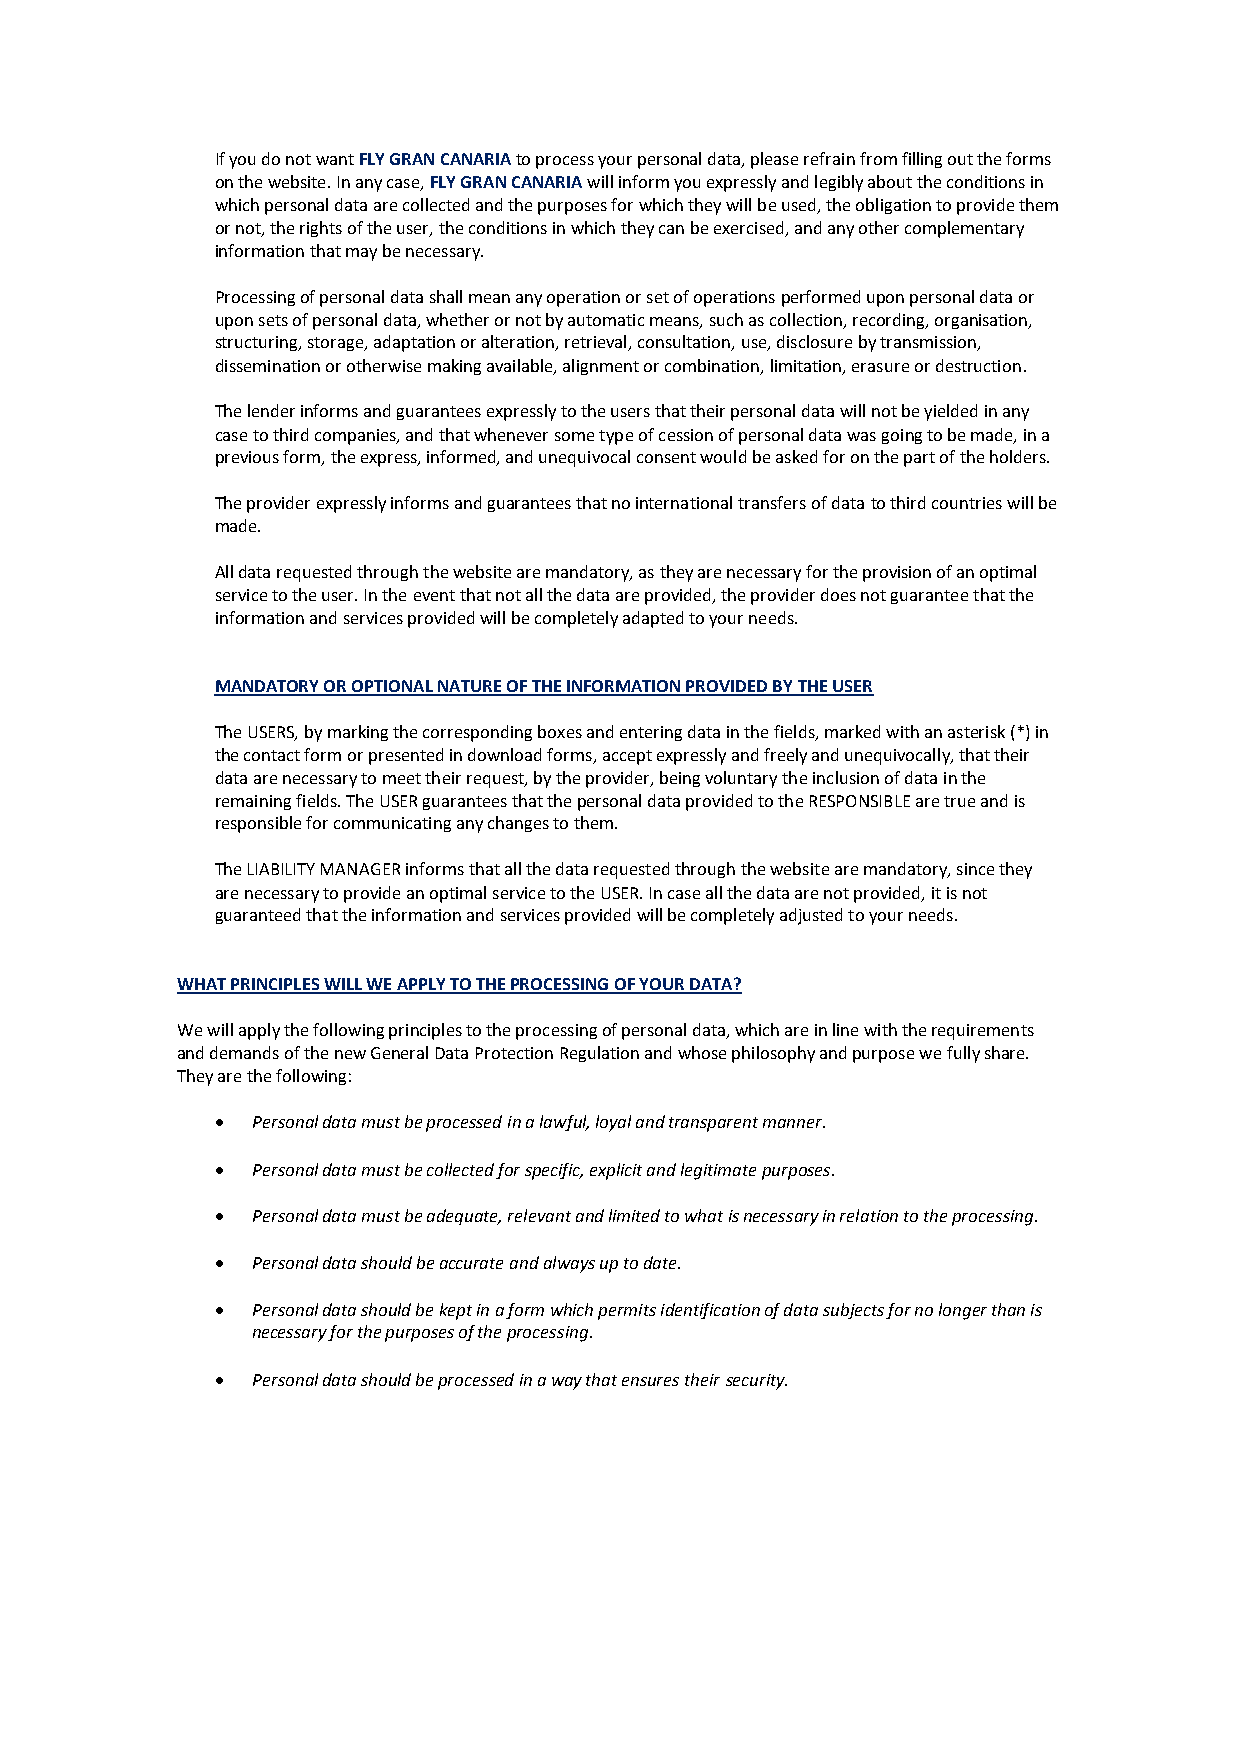
If you do not want FLY GRAN CANARIA to process your personal data, please refrain from filling out the forms
 on the website. In any case, FLY GRAN CANARIA will inform you expressly and legibly about the conditions in
 which personal data are collected and the purposes for which they will be used, the obligation to provide them
 or not, the rights of the user, the conditions in which they can be exercised, and any other complementary
 information that may be necessary.
 Processing of personal data shall mean any operation or set of operations performed upon personal data or
 upon sets of personal data, whether or not by automatic means, such as collection, recording, organisation,
 structuring, storage, adaptation or alteration, retrieval, consultation, use, disclosure by transmission,
 dissemination or otherwise making available, alignment or combination, limitation, erasure or destruction.
 The lender informs and guarantees expressly to the users that their personal data will not be yielded in any
 case to third companies, and that whenever some type of cession of personal data was going to be made, in a
 previous form, the express, informed, and unequivocal consent would be asked for on the part of the holders.
 The provider expressly informs and guarantees that no international transfers of data to third countries will be
 made.
 All data requested through the website are mandatory, as they are necessary for the provision of an optimal
 service to the user. In the event that not all the data are provided, the provider does not guarantee that the
 information and services provided will be completely adapted to your needs.
 MANDATORY OR OPTIONAL NATURE OF THE INFORMATION PROVIDED BY THE USER
 The USERS, by marking the corresponding boxes and entering data in the fields, marked with an asterisk (*) in
 the contact form or presented in download forms, accept expressly and freely and unequivocally, that their
 data are necessary to meet their request, by the provider, being voluntary the inclusion of data in the
 remaining fields. The USER guarantees that the personal data provided to the RESPONSIBLE are true and is
 responsible for communicating any changes to them.
 The LIABILITY MANAGER informs that all the data requested through the website are mandatory, since they
 are necessary to provide an optimal service to the USER. In case all the data are not provided, it is not
 guaranteed that the information and services provided will be completely adjusted to your needs.
 WHAT PRINCIPLES WILL WE APPLY TO THE PROCESSING OF YOUR DATA?
 We will apply the following principles to the processing of personal data, which are in line with the requirements
 and demands of the new General Data Protection Regulation and whose philosophy and purpose we fully share.
 They are the following:
   Personal data must be processed in a lawful, loyal and transparent manner.
   Personal data must be collected for specific, explicit and legitimate purposes.
   Personal data must be adequate, relevant and limited to what is necessary in relation to the processing.
   Personal data should be accurate and always up to date.
   Personal data should be kept in a form which permits identification of data subjects for no longer than is
 necessary for the purposes of the processing.
   Personal data should be processed in a way that ensures their security.